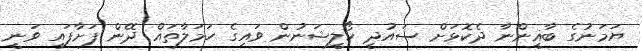
ޔަމަނުގެ ބާޣީންނާ ދެކޮޅަށް ސައުދީ ކޯލީޝަނުން ވައިގެ ހަމަލާތައް ދޭން ފަށާފައި ވަނީ